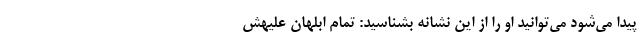
پیدا می‌شود می‌توانید او را از این نشانه بشناسید: تمام ابلهان علیهش